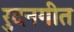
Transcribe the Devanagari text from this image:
रुदनगीत